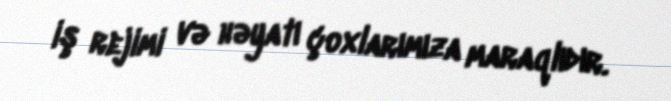
iş rejimi və həyatı çoxlarımıza maraqlıdır.